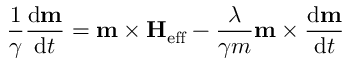
{ \frac { 1 } { \gamma } } { \frac { \mathrm { { d } } \mathbf { m } } { \mathrm { { d } } t } } = \mathbf { m } \times \mathbf { H } _ { \mathrm { e f f } } - { \frac { \lambda } { \gamma m } } \mathbf { m } \times { \frac { \mathrm { { d } } \mathbf { m } } { \mathrm { { d } } t } }